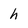
Character: h